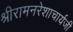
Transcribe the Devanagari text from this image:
श्रीरामनरेशाचार्यजी